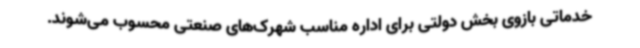
خدماتی بازوی بخش دولتی برای اداره مناسب شهرک‌های صنعتی محسوب می‌شوند.